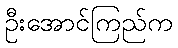
ဦးအောင်ကြည်က